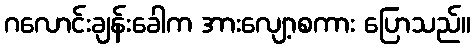
ဂလောင်းချန်းခေါက အားလျော့စကား ပြောသည်။